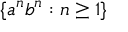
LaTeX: \{ a ^ { n } b ^ { n } : n \geq 1 \}